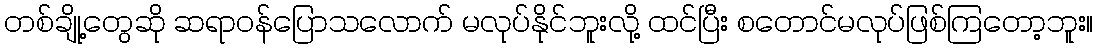
တစ်ချို့တွေဆို ဆရာဝန်ပြောသလောက် မလုပ်နိုင်ဘူးလို့ ထင်ပြီး စတောင်မလုပ်ဖြစ်ကြတော့ဘူး။